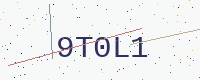
Text: 9T0L1